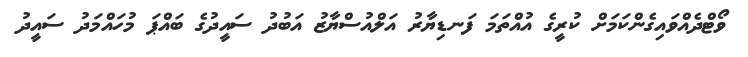
ވޯޓްދެއްވައިގެންކަމަށް ކުރީގެ އުއްތަމަ ފަނޑިޔާރު އަލްއުސްޔާޒު އަބުދު ސައީދުގެ ބައްޕަ މުހައްމަދު ސައީދު